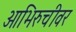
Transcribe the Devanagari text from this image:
आभिरुचीवर